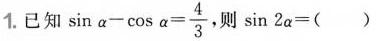
1. 已知$$\sin \alpha - \cos \alpha = \frac { 4 } { 3 }$$，则$$\sin 2 \alpha = ( )$$